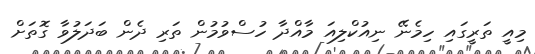
މިއީ ތަރީގައި ހިމެނޭ ނިއުކްލިއަ މާއްދާ ހުސްވުމުން ތަރި ދެން ބަދަލުވާ ގޮތަށް